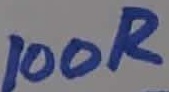
Text: 100R